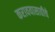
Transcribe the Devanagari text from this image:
करावयासाठीचे